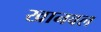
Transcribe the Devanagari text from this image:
खानवल